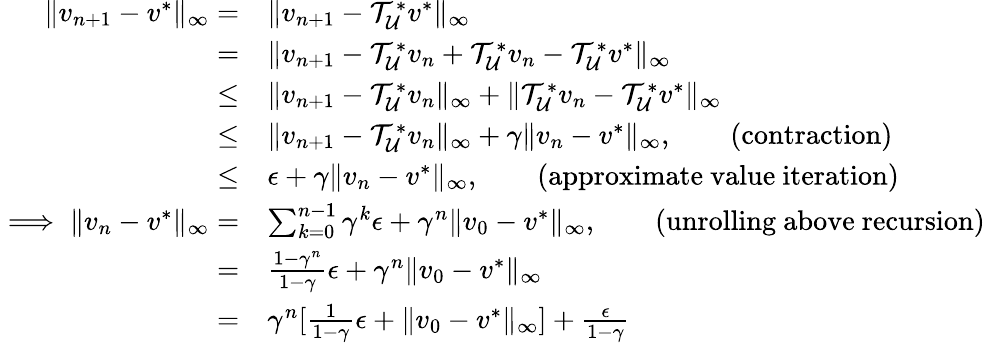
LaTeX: \begin{array}{rl}{\lVert v_{n+1}-v^{*}\rVert_{\infty}=}&{\lVert v_{n+1}-\mathcal{T}_{\mathcal{U}}^{*}v^{*}\rVert_{\infty}}\\ {=}&{\lVert v_{n+1}-\mathcal{T}_{\mathcal{U}}^{*}v_{n}+\mathcal{T}_{\mathcal{U}}^{*}v_{n}-\mathcal{T}_{\mathcal{U}}^{*}v^{*}\rVert_{\infty}}\\ {\leq}&{\lVert v_{n+1}-\mathcal{T}_{\mathcal{U}}^{*}v_{n}\rVert_{\infty}+\lVert\mathcal{T}_{\mathcal{U}}^{*}v_{n}-\mathcal{T}_{\mathcal{U}}^{*}v^{*}\rVert_{\infty}}\\ {\leq}&{\lVert v_{n+1}-\mathcal{T}_{\mathcal{U}}^{*}v_{n}\rVert_{\infty}+\gamma\lVert v_{n}-v^{*}\rVert_{\infty},\qquad\mathrm{(contraction)}}\\ {\leq}&{\epsilon+\gamma\lVert v_{n}-v^{*}\rVert_{\infty},\qquad\mathrm{(approximate~value~iteration)}}\\ {\implies\lVert v_{n}-v^{*}\rVert_{\infty}=}&{\sum_{k=0}^{n-1}\gamma^{k}\epsilon+\gamma^{n}\lVert v_{0}-v^{*}\rVert_{\infty},\qquad\mathrm{(unrolling~above~recursion)}}\\ {=}&{\frac{1-\gamma^{n}}{1-\gamma}\epsilon+\gamma^{n}\lVert v_{0}-v^{*}\rVert_{\infty}}\\ {=}&{\gamma^{n}[\frac{1}{1-\gamma}\epsilon+\lVert v_{0}-v^{*}\rVert_{\infty}]+\frac{\epsilon}{1-\gamma}}\end{array}